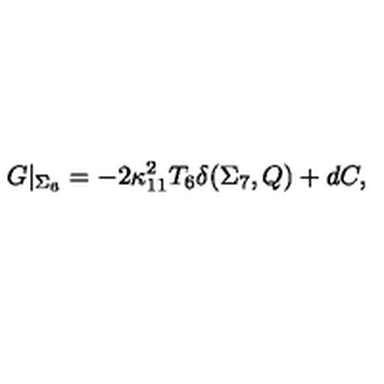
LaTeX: G \vert _ { \Sigma _ { 6 } } = - 2 \kappa _ { 1 1 } ^ { 2 } T _ { 6 } \delta ( \Sigma _ { 7 } , Q ) + d C ,